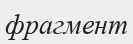
фрагмент